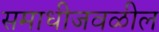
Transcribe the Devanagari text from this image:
समाधीजवळील